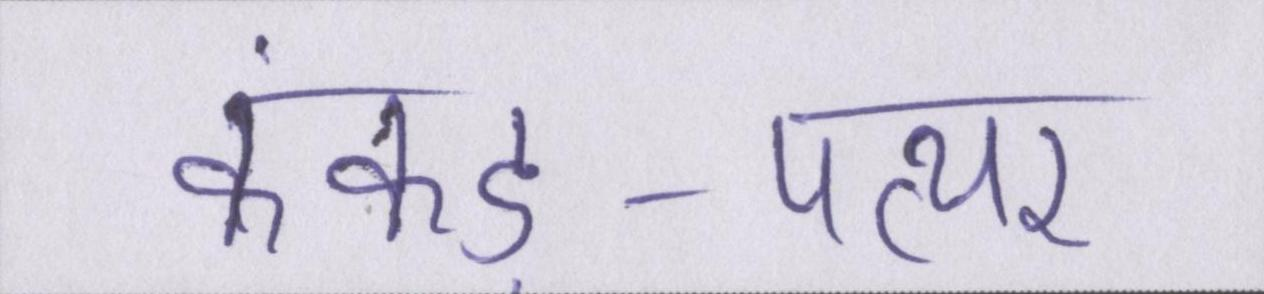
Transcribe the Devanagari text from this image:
कंकड़-पत्थर